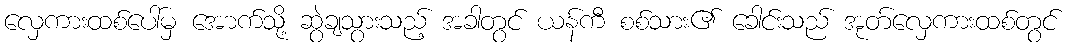
လှေကားထစ်ပေါ်မှ အောက်သို့ ဆွဲချသွားသည့် အခါတွင် ယန်ကီ စစ်သား၏ ခေါင်းသည် အုတ်လှေကားထစ်တွင်